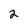
Character: 2